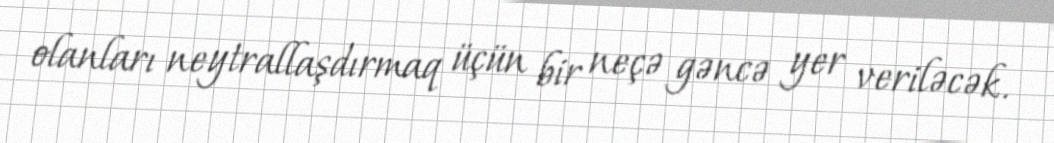
olanları neytrallaşdırmaq üçün bir neçə gəncə yer veriləcək.